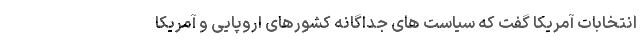
انتخابات آمریکا گفت که سیاست های جداگانه کشورهای اروپایی و آمریکا